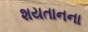
શયતાનના